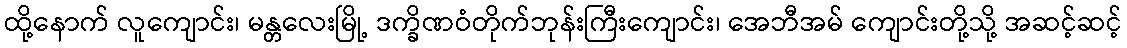
ထို့နောက် လူကျောင်း၊ မန္တလေးမြို့ ဒက္ခိဏဝံတိုက်ဘုန်းကြီးကျောင်း၊ အေဘီအမ် ကျောင်းတို့သို့ အဆင့်ဆင့်